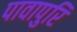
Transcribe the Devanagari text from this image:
पावापुरि